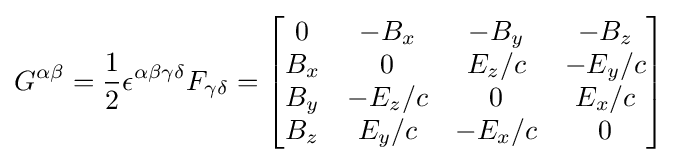
{G^{\alpha \beta }={\frac {1}{2}}\epsilon ^{\alpha \beta \gamma \delta }F_{\gamma \delta }={\begin{bmatrix}0&-B_{x}&-B_{y}&-B_{z}\\B_{x}&0&E_{z}/c&-E_{y}/c\\B_{y}&-E_{z}/c&0&E_{x}/c\\B_{z}&E_{y}/c&-E_{x}/c&0\end{bmatrix}}}